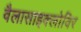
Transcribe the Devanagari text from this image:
वैलासाइक्लोविर